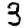
Digit: 3